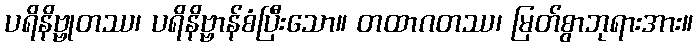
ပရိနိဗ္ဗုတဿ၊ ပရိနိဗ္ဗာန်စံပြီးသော။ တထာဂတဿ၊ မြတ်စွာဘုရားအား။